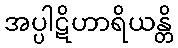
အပ္ပါဋိဟာရိယန္တိ